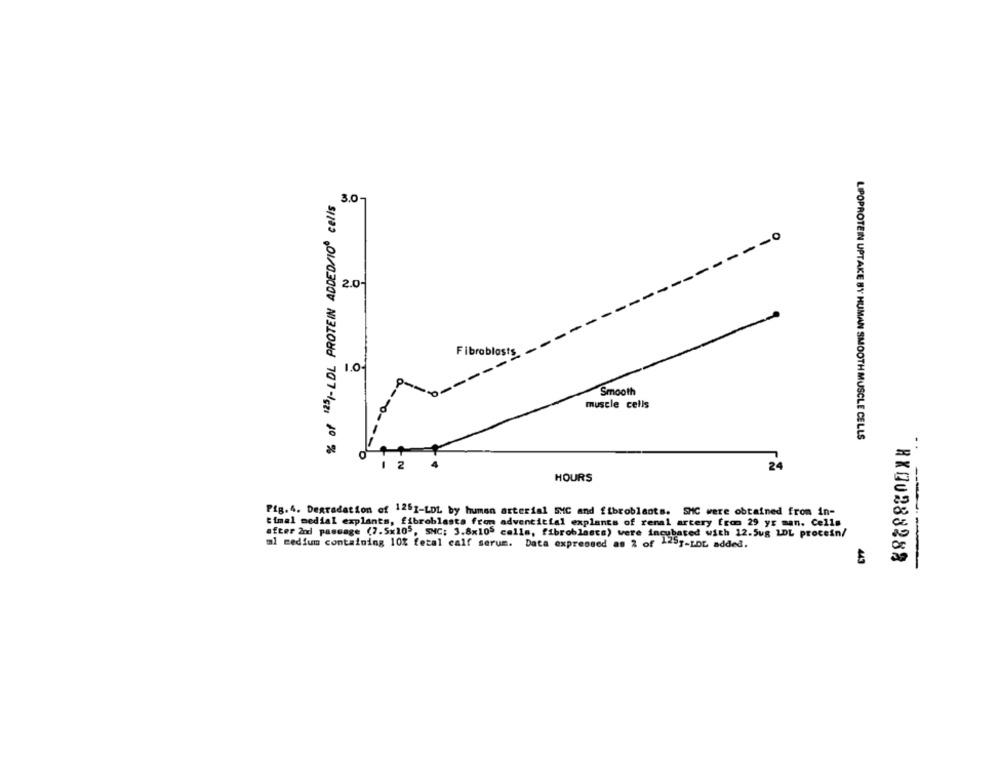
% of 1251- LDL PROTEIN ADDED/100 cells
3.0-
---- 0
2.04
Fibroblasts
1.0-
Smooth
muscle cells
LIPOPROTEIN UPTAKE BY HUMAN SMOOTH MUSCLE CELLS
24
HOURS
Pig.4. Degradation of 1251-LDL by human arterial SMC and fibroblasts. SMC were obtained from in-
timal medial explants, fibroblasts from adventitial explants of renal artery from 29 yr man. Cells
after 2nd passage (7.5x105, SNC: 3.8x105 calls, fibroblasts) were incubated with 12.5ug LDL protein/
al medium containing 10% fetal calf serum. Data expressed as 2 of 125g-LDL added.
443
RX00288288